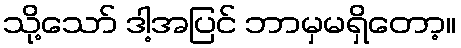
သို့သော် ဒါ့အပြင် ဘာမှမရှိတော့။